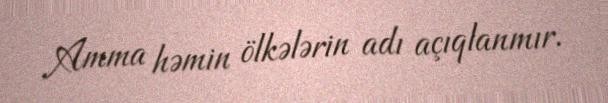
Amma həmin ölkələrin adı açıqlanmır.